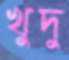
খুদু